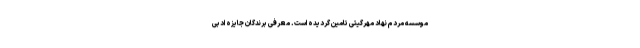
موسسه مردم نهاد مهرگیتی تامین گردیده است. معرفی برندگان جایزه ادبی